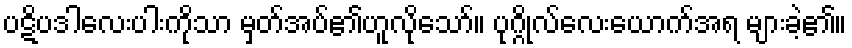
ပဋိပဒါလေးပါးကိုသာ မှတ်အပ်၏ဟူလိုသော်။ ပုဂ္ဂိုလ်လေးယောက်အရ များခဲ့၏။